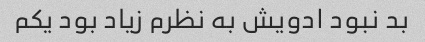
بد نبود ادویش به نظرم زیاد بود یکم